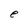
Character: e